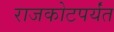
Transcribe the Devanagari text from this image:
राजकोटपर्यंत